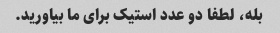
بله، لطفا دو عدد استیک برای ما بیاورید.